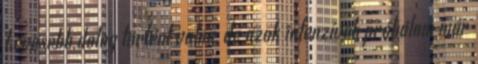
kevesebb dolog történt volna, de azok intenzívek próbálom már